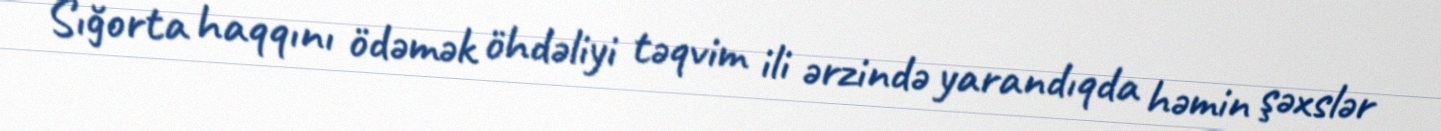
Sığorta haqqını ödəmək öhdəliyi təqvim ili ərzində yarandıqda həmin şəxslər